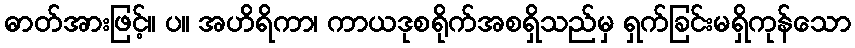
ဓာတ်အားဖြင့်။ ပ။ အဟိရိကာ၊ ကာယဒုစရိုက်အစရှိသည်မှ ရှက်ခြင်းမရှိကုန်သော